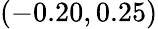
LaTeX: (-0.20,0.25)